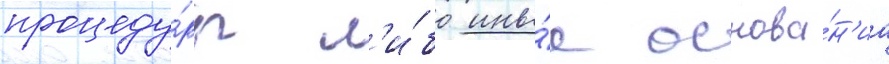
процеду́ры л'и́бо ины́е основа́н'иа